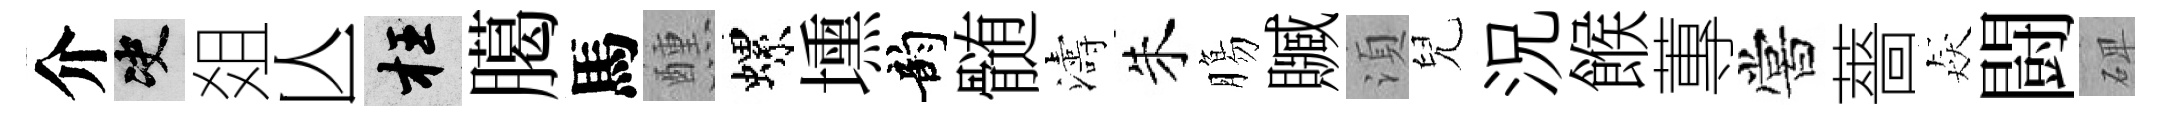
介决爼亾枉臈馬醺螺壎韵髄濤朱膓贓湏兒況餱蓴嘗薔猋闘𥓓